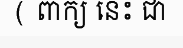
( ពាក្យ នេះ ជា